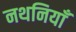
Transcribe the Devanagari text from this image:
नथनियाँ